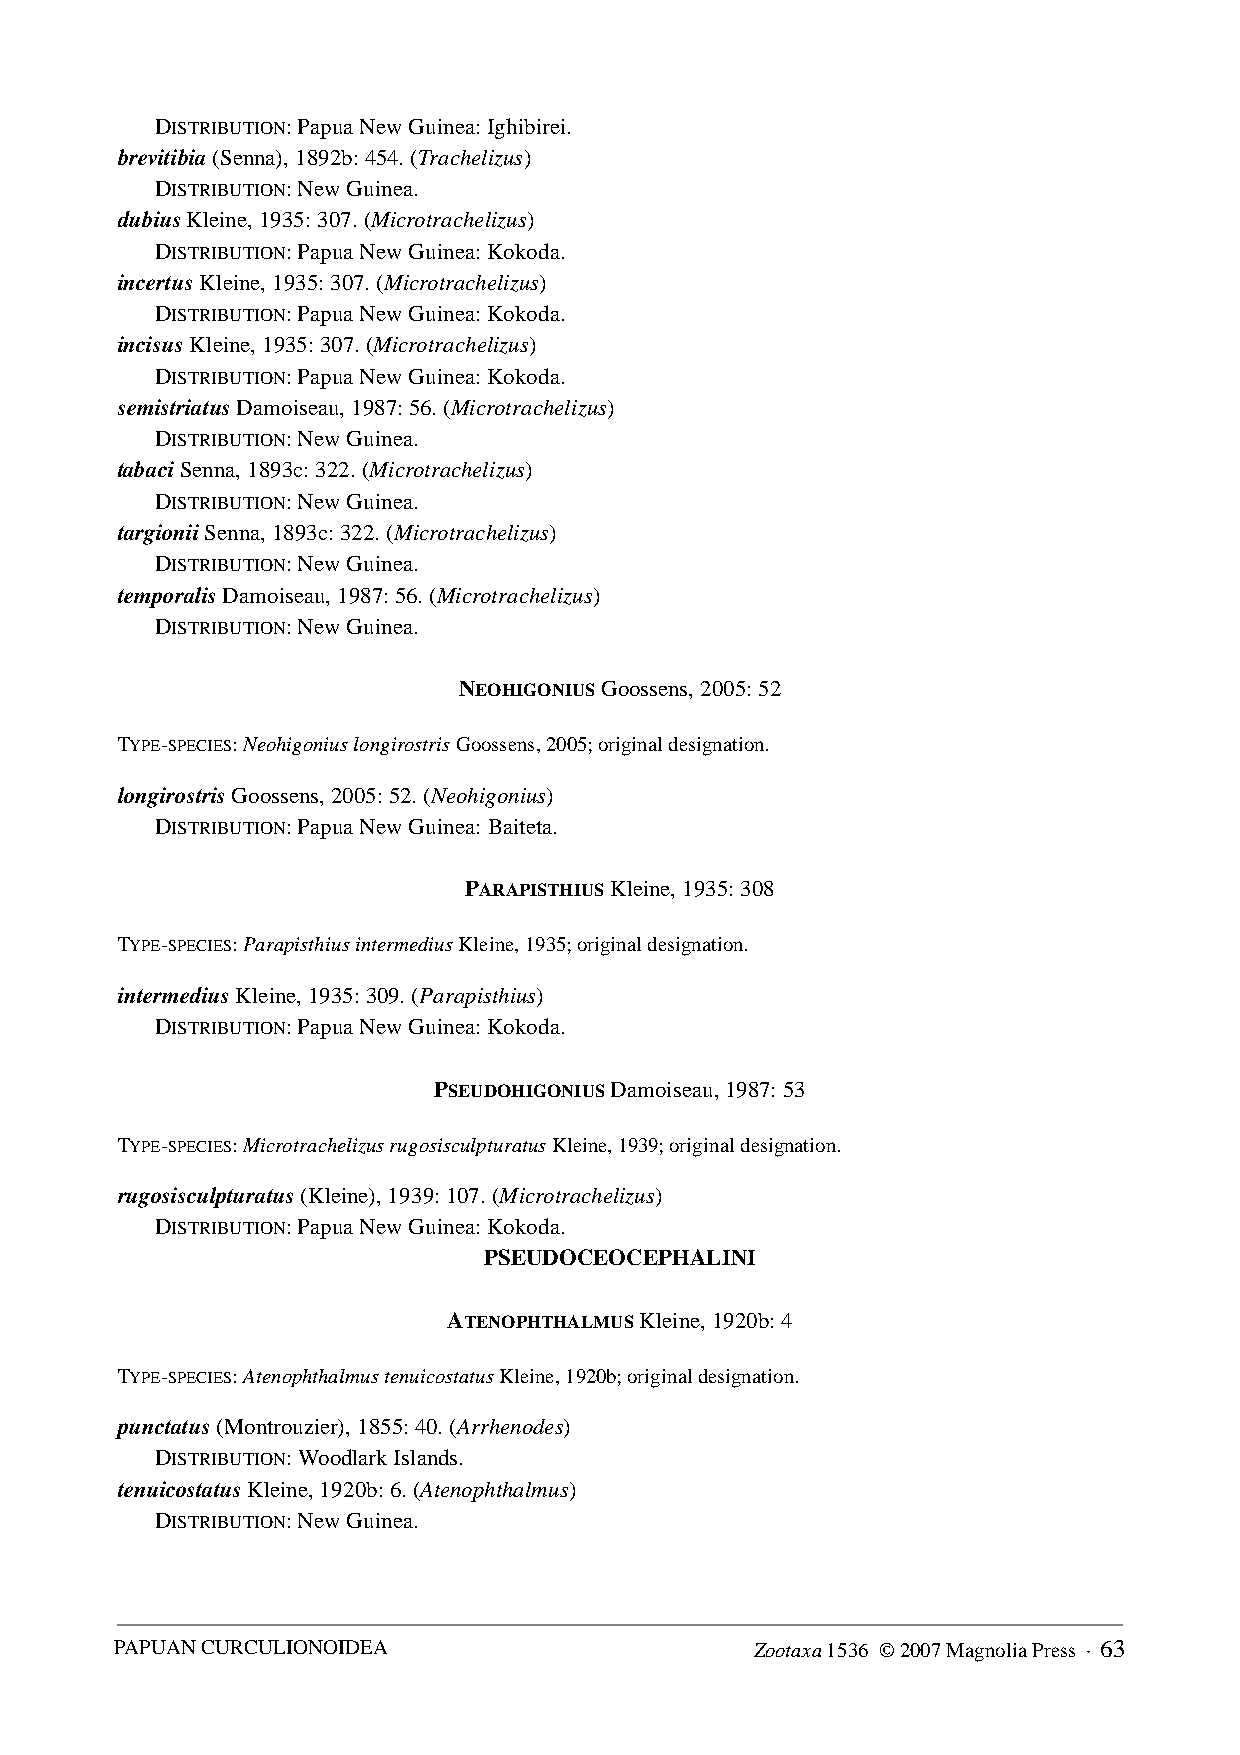
DISTRIBUTION: Papua New Guinea: Ighibirei.
 brevitibia (Senna), 1892b: 454. (Trachelizus)
 DISTRIBUTION: New Guinea.
 dubius Kleine, 1935: 307. (Microtrachelizus)
 DISTRIBUTION: Papua New Guinea: Kokoda.
 incertus Kleine, 1935: 307. (Microtrachelizus)
 DISTRIBUTION: Papua New Guinea: Kokoda.
 incisus Kleine, 1935: 307. (Microtrachelizus)
 DISTRIBUTION: Papua New Guinea: Kokoda.
 semistriatus Damoiseau, 1987: 56. (Microtrachelizus)
 DISTRIBUTION: New Guinea.
 tabaci Senna, 1893c: 322. (Microtrachelizus)
 DISTRIBUTION: New Guinea.
 targionii Senna, 1893c: 322. (Microtrachelizus)
 DISTRIBUTION: New Guinea.
 temporalis Damoiseau, 1987: 56. (Microtrachelizus)
 DISTRIBUTION: New Guinea.
 NEOHIGONIUS Goossens, 2005: 52
 TYPE-SPECIES: Neohigonius longirostris Goossens, 2005; original designation.
 longirostris Goossens, 2005: 52. (Neohigonius)
 DISTRIBUTION: Papua New Guinea: Baiteta.
 PARAPISTHIUS Kleine, 1935: 308
 TYPE-SPECIES: Parapisthius intermedius Kleine, 1935; original designation.
 intermedius Kleine, 1935: 309. (Parapisthius)
 DISTRIBUTION: Papua New Guinea: Kokoda.
 PSEUDOHIGONIUS Damoiseau, 1987: 53
 TYPE-SPECIES: Microtrachelizus rugosisculpturatus Kleine, 1939; original designation.
 rugosisculpturatus (Kleine), 1939: 107. (Microtrachelizus)
 DISTRIBUTION: Papua New Guinea: Kokoda.
 PSEUDOCEOCEPHALINI
 ATENOPHTHALMUS Kleine, 1920b: 4
 TYPE-SPECIES: Atenophthalmus tenuicostatus Kleine, 1920b; original designation.
 punctatus (Montrouzier), 1855: 40. (Arrhenodes)
 DISTRIBUTION: Woodlark Islands.
 tenuicostatus Kleine, 1920b: 6. (Atenophthalmus)
 DISTRIBUTION: New Guinea.
 PAPUAN CURCULIONOIDEA                     Zootaxa 1536 © 2007 Magnolia Press · 63